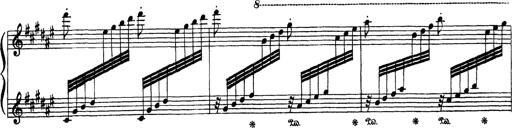
Title: AnnÃ©es de PÃ¨lerinage III
Composer: Franz Liszt